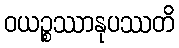
ဝယဉ္စဿာနုပဿတိ